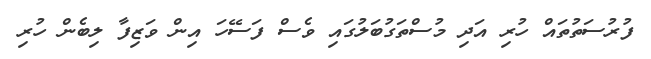
ފުރުސަތުތައް ހުރި އަދި މުސްތަގުބަލުގައި ވެސް ފަސޭހަ އިން ވަޒިފާ ލިބެން ހުރި